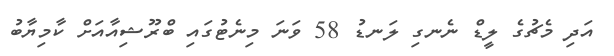
އަދި މެޗުގެ ލީޑް ނެނގި ލަނޑު 58 ވަނަ މިނެޓުގައި ބްރޫޝިއާއަށް ކާމިޔާބު